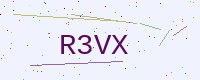
Text: R3VX